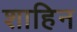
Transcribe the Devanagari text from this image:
शाहिन